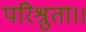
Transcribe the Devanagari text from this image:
परिश्रुता।।